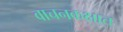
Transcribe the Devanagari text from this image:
वाचनकक्षात